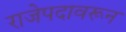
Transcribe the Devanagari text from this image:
राजेपदावरून